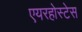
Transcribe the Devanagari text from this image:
एयरहोस्टेस